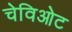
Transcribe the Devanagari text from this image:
चेविओट